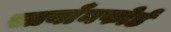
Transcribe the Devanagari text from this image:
स्तयाँनफोर्ड